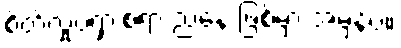
စိတ်လှုပ်ရှားစရာ ညနေ ဖြစ်မှာ အမှန်ပဲ။